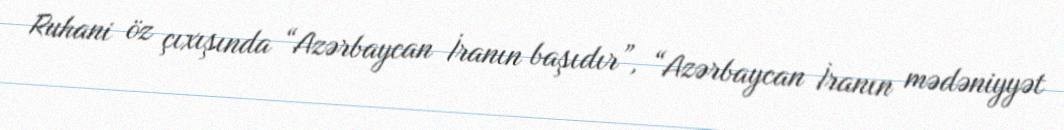
Ruhani öz çıxışında “Azərbaycan İranın başıdır”, “Azərbaycan İranın mədəniyyət